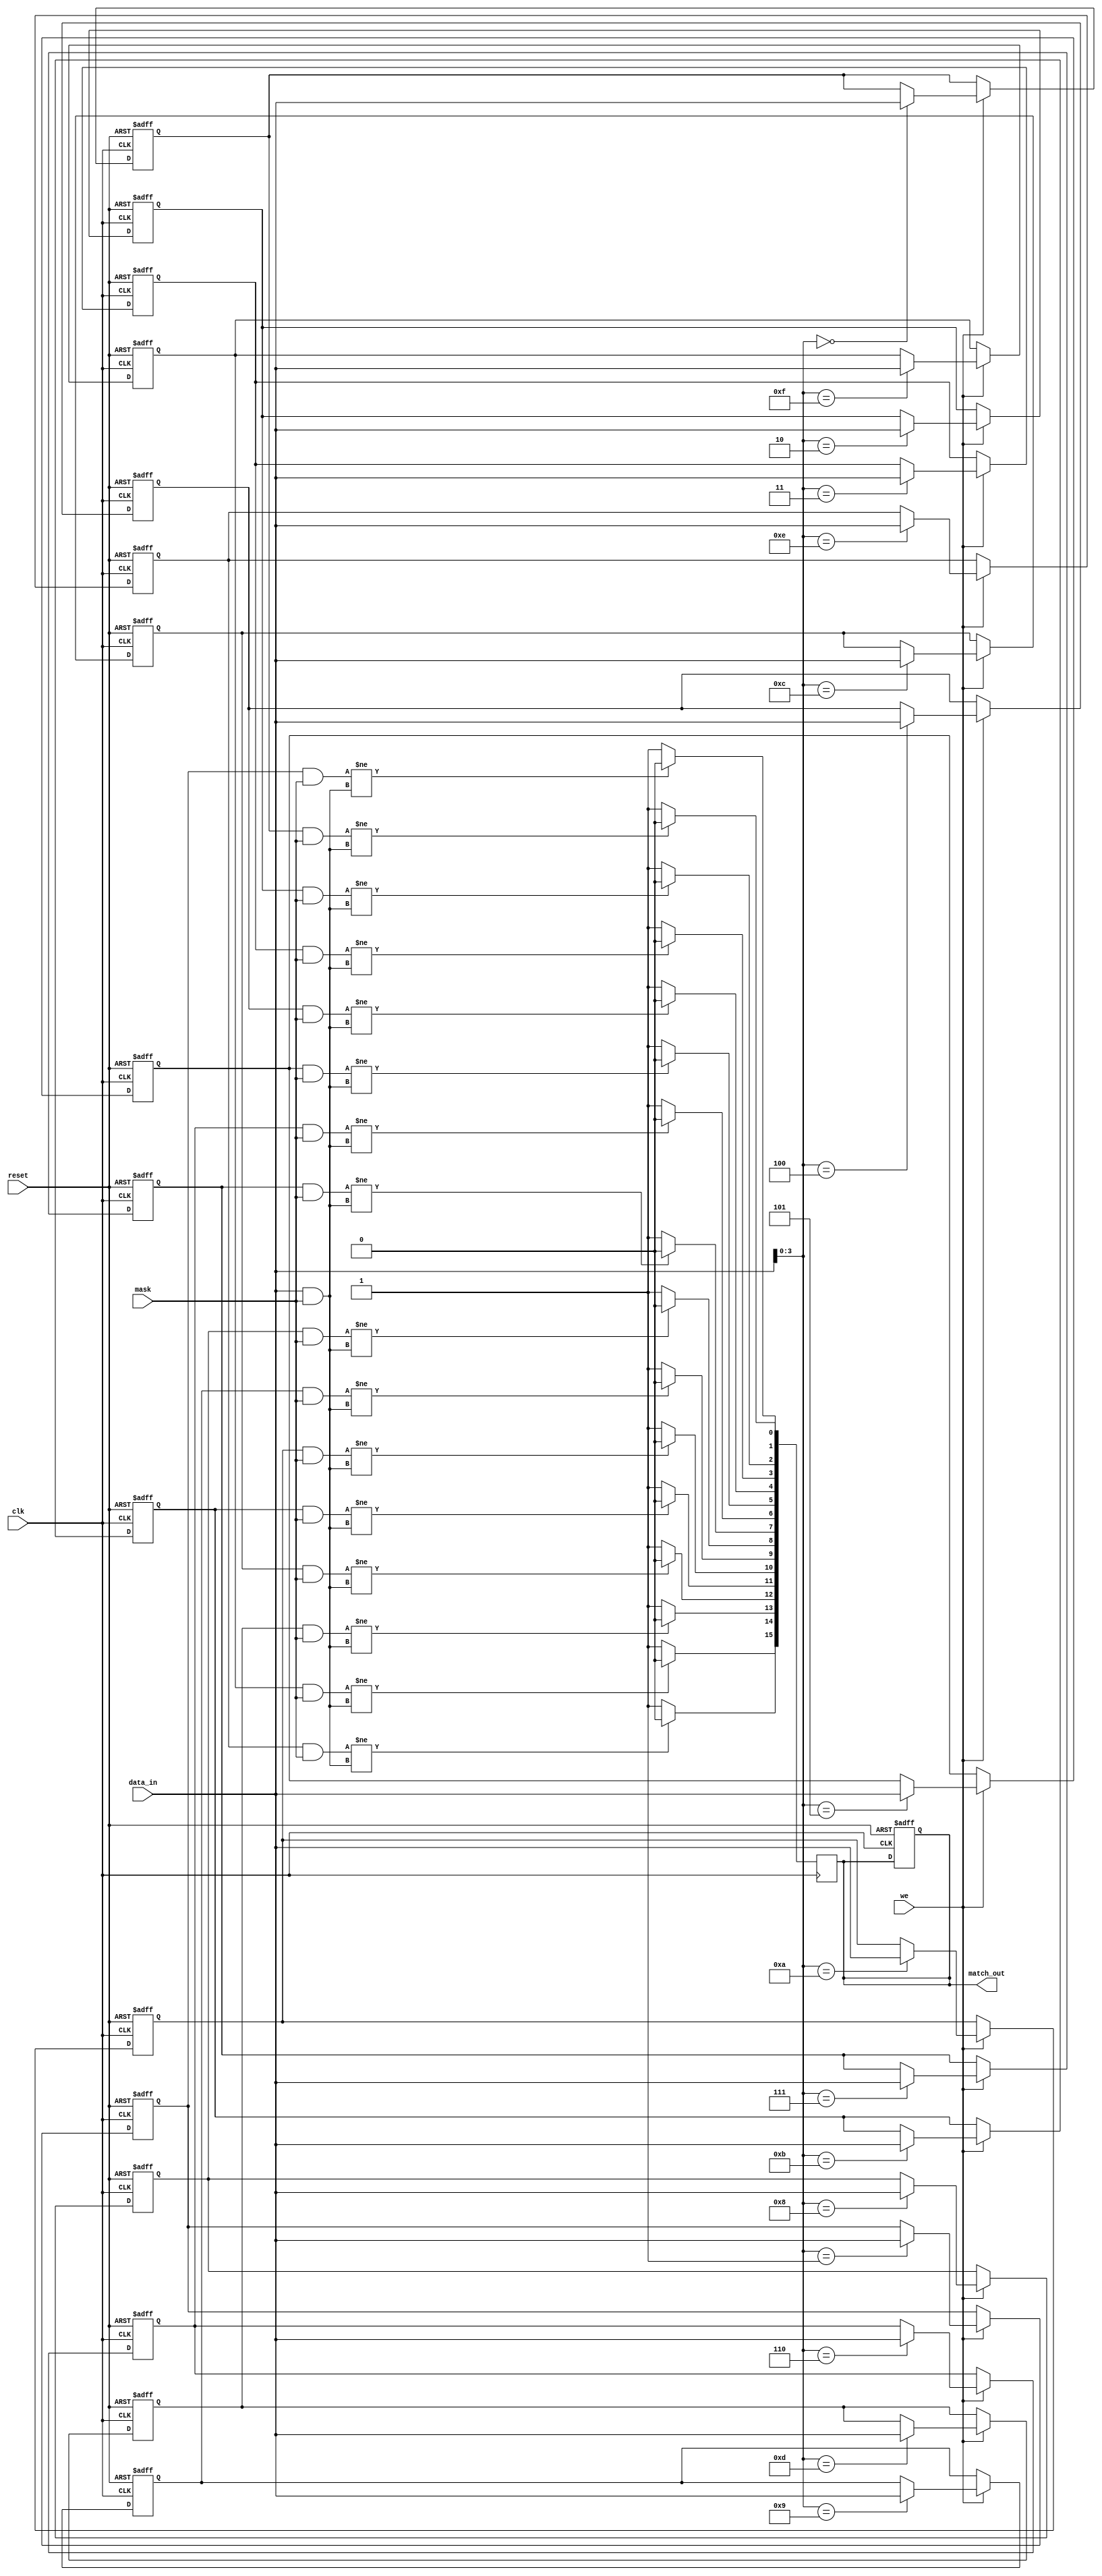
module row_based_cam #(
    parameter WORD_SIZE = 8,     // Width of each row
    parameter ROW_COUNT = 16      // Number of rows
)(
    input wire clk,               // Clock signal
    input wire reset,             // Reset signal
    input wire we,                // Write Enable
    input wire [WORD_SIZE-1:0] data_in,  // Data input
    input wire [WORD_SIZE-1:0] mask,       // Mask input
    output reg [ROW_COUNT-1:0] match_out   // Match output
);

// CAM memory storage
reg [WORD_SIZE-1:0] cam_memory [0:ROW_COUNT-1];

// Match lines storage
reg [ROW_COUNT-1:0] match_lines;

// Initialize memory and outputs
integer i;
always @(posedge clk or posedge reset) begin
    if (reset) begin
        for (i = 0; i < ROW_COUNT; i = i + 1) begin
            cam_memory[i] <= {WORD_SIZE{1'b0}}; // Clear memory
        end
        match_out <= {ROW_COUNT{1'b0}}; // Clear match outputs
    end else if(we) begin
        // Write data to CAM memory
        cam_memory[data_in[ROW_COUNT-1:0]] <= data_in[WORD_SIZE-1:0];
    end
end

// Search operation
always @(posedge clk) begin
    match_lines = {ROW_COUNT{1'b1}}; // Initialize all matches to true
    for (i = 0; i < ROW_COUNT; i = i + 1) begin
        if ((cam_memory[i] & mask) != (data_in & mask)) begin
            match_lines[i] = 1'b0; // Mark non-matching entries
        end
    end
    
    match_out <= match_lines; // Output match lines
end

endmodule